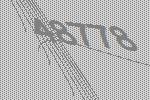
48778